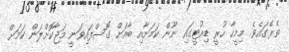
ތެރޭގައެވެ. މިމީހާ ހުރީ ޑިއުޓީގައި ނޫން ކަމަށާއި ބާއަށް ގޮސްފައިވަނީ މަޖާކޮށްލަން ކަމަށް